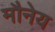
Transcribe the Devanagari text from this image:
मौनेय